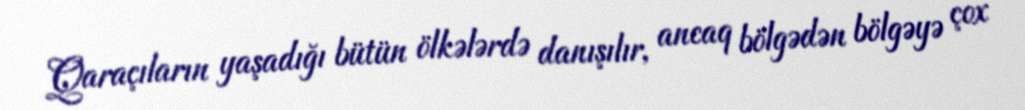
Qaraçıların yaşadığı bütün ölkələrdə danışılır, ancaq bölgədən bölgəyə çox